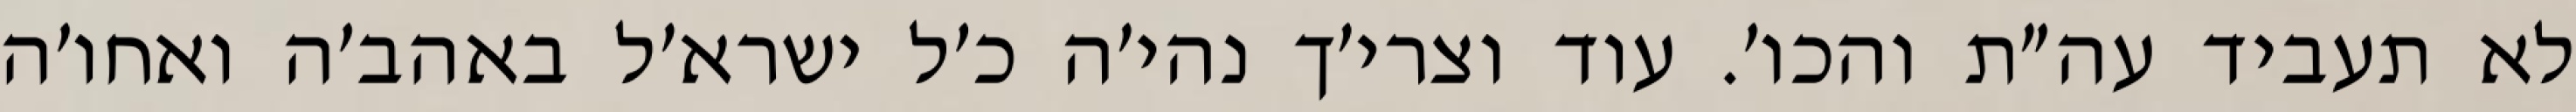
לא תעביד עה״ת והכו׳. עוד וצרי׳ך נהי׳ה כ׳ל ישרא׳ל באהב׳ה ואחו׳ה